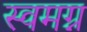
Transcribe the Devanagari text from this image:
स्वमग्न